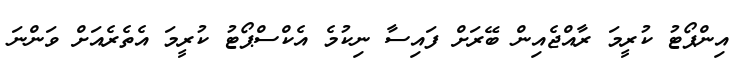
އިންޕޯޓު ކުރީމަ ރާއްޖެއިން ބޭރަށް ފައިސާ ނިކުމެ އެކްސްޕޯޓު ކުރީމަ އެތެރެއަށް ވަންނަ